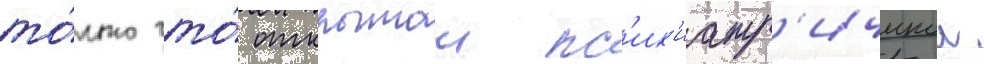
то́лько что́ открытои пс'их'иатр'ическои